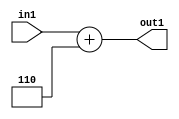
`timescale 1ps / 1ps
/*****************************************************************************
    Verilog RTL Description
    
    
    Created by: Stratus DpOpt 2019.1.01 
*******************************************************************************/

module DC_Filter_Add2i6u2_1 (
	in1,
	out1
	); /* architecture "behavioural" */ 
input [1:0] in1;
output [3:0] out1;
wire [3:0] asc001;

assign asc001 = 
	+(in1)
	+(4'B0110);

assign out1 = asc001;
endmodule

/* CADENCE  urbxSQg= : u9/ySgnWtBlWxVPRXgAZ4Og= ** DO NOT EDIT THIS LINE ******/